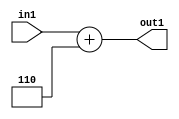
`timescale 1ps / 1ps
/*****************************************************************************
    Verilog RTL Description
    
    
    Created by: Stratus DpOpt 2019.1.01 
*******************************************************************************/

module DC_Filter_Add2i6u2_1 (
	in1,
	out1
	); /* architecture "behavioural" */ 
input [1:0] in1;
output [3:0] out1;
wire [3:0] asc001;

assign asc001 = 
	+(in1)
	+(4'B0110);

assign out1 = asc001;
endmodule

/* CADENCE  urbxSQg= : u9/ySgnWtBlWxVPRXgAZ4Og= ** DO NOT EDIT THIS LINE ******/